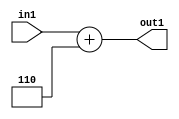
`timescale 1ps / 1ps
/*****************************************************************************
    Verilog RTL Description
    
    
    Created by: Stratus DpOpt 2019.1.01 
*******************************************************************************/

module DC_Filter_Add2i6u2_1 (
	in1,
	out1
	); /* architecture "behavioural" */ 
input [1:0] in1;
output [3:0] out1;
wire [3:0] asc001;

assign asc001 = 
	+(in1)
	+(4'B0110);

assign out1 = asc001;
endmodule

/* CADENCE  urbxSQg= : u9/ySgnWtBlWxVPRXgAZ4Og= ** DO NOT EDIT THIS LINE ******/